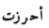
أحرزت